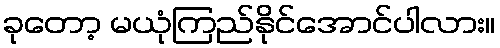
ခုတော့ မယုံကြည်နိုင်အောင်ပါလား။